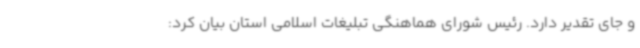
و جای تقدیر دارد. رئیس شورای هماهنگی تبلیغات اسلامی استان بیان کرد: